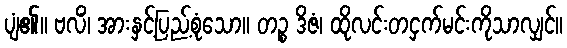
ပျံ၏။ ဗလိံ၊ အားနှင့်ပြည့်စုံသော။ တဉ္စ ဒိဇံ၊ ထိုလင်းတငှက်မင်းကိုသာလျှင်။